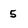
Character: 5